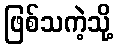
ဖြစ်သကဲ့သို့